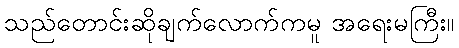
သည်တောင်းဆိုချက်လောက်ကမူ အရေးမကြီး။